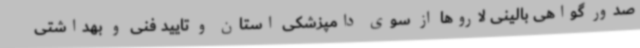
صدور گواهی بالینی لاروها از سوی دامپزشکی استان و تایید فنی و بهداشتی